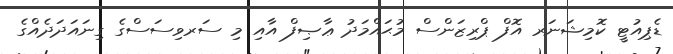
ޑެޕިއުޓީ ކޮމިޝަނަރ އޮފް ޕްރިޒަންސް މުޙައްމަދު ޢާޞިފް އާއި މި ސަރވިސަސްގެ ގިނައަދަދެއްގެ